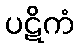
ပဋိကံ